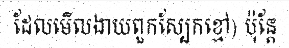
ដែលមើលងាយពួកស្បែកខ្មៅ) ប៉ុន្តែ